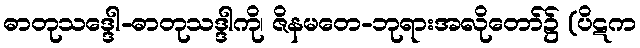
ဓာတုသဒ္ဒေါ-ဓာတုသဒ္ဒါကို၊ ဇိနမတေ-ဘုရားအလိုတော်၌ (ပိဋက